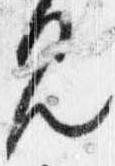
見